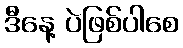
ဒီနေ့ ပဲဖြစ်ပါစေ